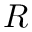
R